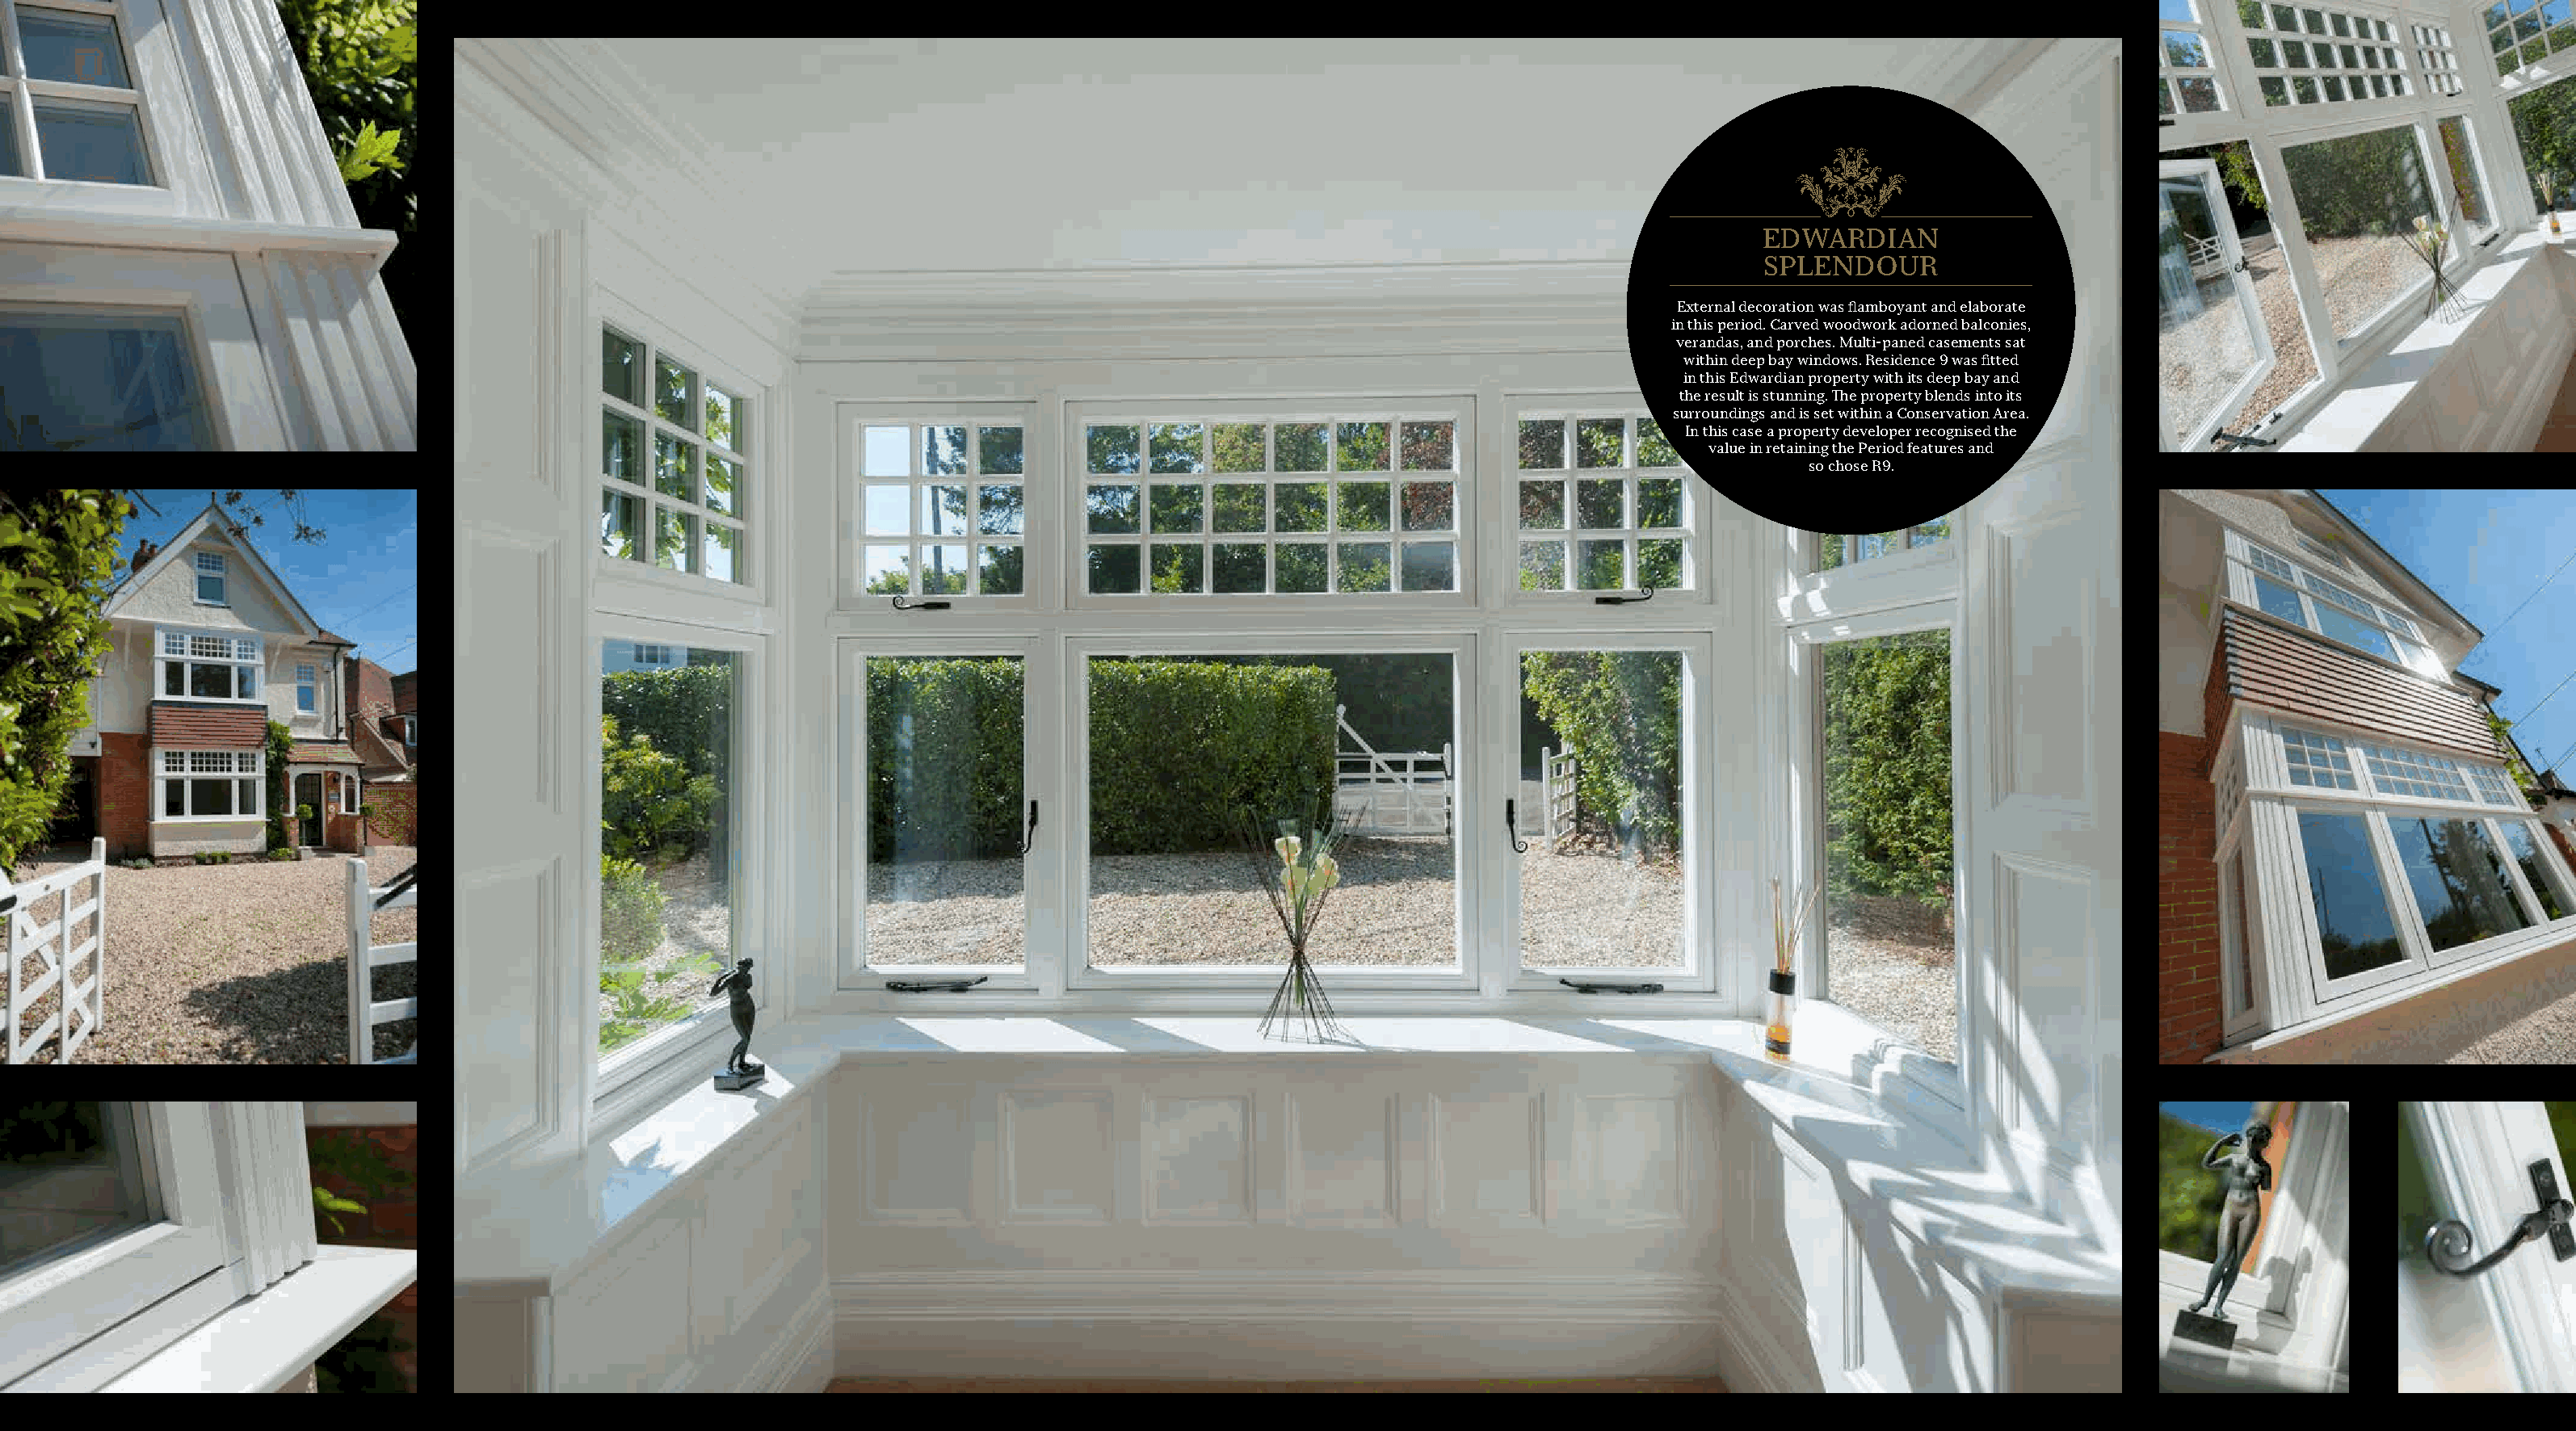
EDWARDIAN
 SPLENDOUR
 External decoration was flamboyant and elaborate
 in this period. Carved woodwork adorned balconies,
 verandas, and porches. Multi-paned casements sat
 within deep bay windows. Residence 9 was fitted
 in this Edwardian property with its deep bay and
 the result is stunning. The property blends into its
 surroundings and is set within a Conservation Area.
 In this case a property developer recognised the
 value in retaining the Period features and
 so chose R9.